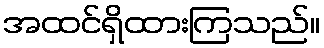
အထင်ရှိထားကြသည်။